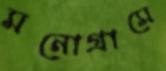
মনোগ্রামে